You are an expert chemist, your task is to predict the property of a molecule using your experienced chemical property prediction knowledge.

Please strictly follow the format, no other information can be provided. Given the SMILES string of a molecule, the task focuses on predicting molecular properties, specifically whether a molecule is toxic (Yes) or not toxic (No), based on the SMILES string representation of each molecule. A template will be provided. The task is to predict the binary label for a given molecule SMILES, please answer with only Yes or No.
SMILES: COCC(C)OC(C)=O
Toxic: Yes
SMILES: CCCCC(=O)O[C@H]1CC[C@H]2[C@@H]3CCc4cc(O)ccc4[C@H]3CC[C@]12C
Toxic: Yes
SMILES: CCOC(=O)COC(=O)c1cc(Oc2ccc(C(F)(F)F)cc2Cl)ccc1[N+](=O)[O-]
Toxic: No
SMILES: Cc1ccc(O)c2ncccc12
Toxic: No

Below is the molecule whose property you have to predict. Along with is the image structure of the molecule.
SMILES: CC[n+]1ccccc1.O=S(=O)([O-])C(F)(F)F
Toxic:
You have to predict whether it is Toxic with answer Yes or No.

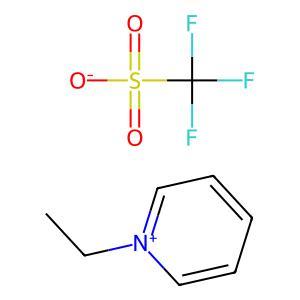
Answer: No